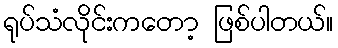
ရုပ်သံလိုင်းကတော့ ဖြစ်ပါတယ်။